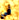
في